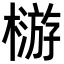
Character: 𣛦